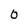
Character: 0